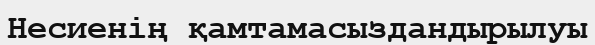
Несиенің қамтамасыздандырылуы